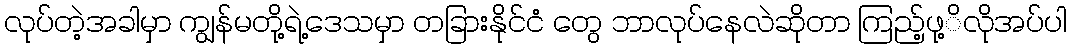
လုပ်တဲ့အခါမှာ ကျွန်မတို့ရဲ့ဒေသမှာ တခြားနိုင်ငံ တွေ ဘာလုပ်နေလဲဆိုတာ ကြည့်ဖု့ိလိုအပ်ပါ